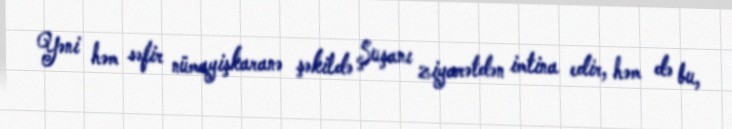
Yəni həm səfir nümayişkaranə şəkildə Şuşanı ziyarətdən imtina edir, həm də bu,